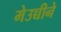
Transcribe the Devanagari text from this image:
मेउच्चीने